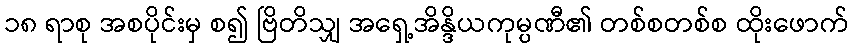
၁၈ ရာစု အစပိုင်းမှ စ၍ ဗြိတိသျှ အရှေ့အိန္ဒိယကုမ္ပဏီ၏ တစ်စတစ်စ ထိုးဖောက်